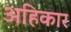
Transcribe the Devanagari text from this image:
अहिकार